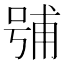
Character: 𭈶